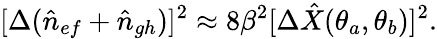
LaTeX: [\Delta(\hat{n}_{ef}+\hat{n}_{gh})]^{2}\approx 8\beta^{2}[\Delta\hat{X}(\theta_{a},\theta_{b})]^{2}.